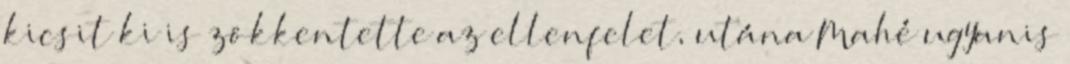
kicsit ki is zökkentette az ellenfelet, utána Mahé ugyanis